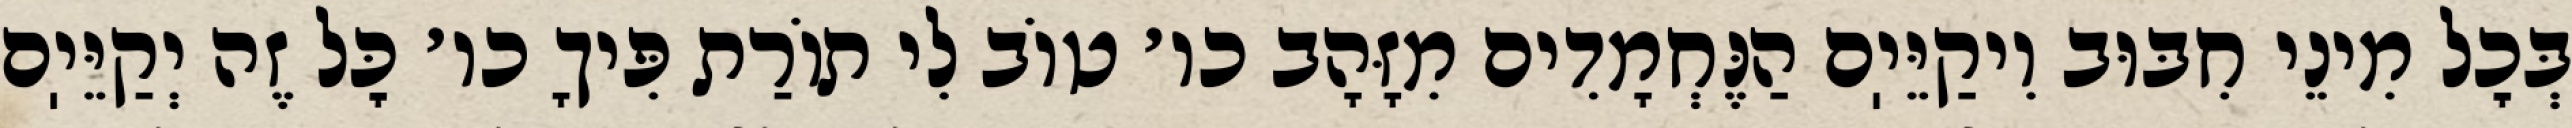
בְּכׇל מִינֵי חִבּוּב וִיקַיֵּיֽם הַנֶּחְמָדִים מִזָּהָב כו׳ טוֹב לִי תוֹרַת פִּיךָ כו׳ כׇּל זֶה יְקַיֵּיֽם